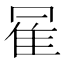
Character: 𱁇